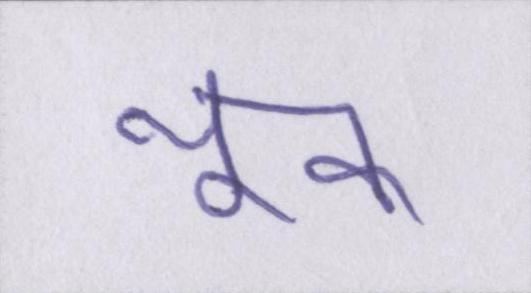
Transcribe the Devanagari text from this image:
थूक